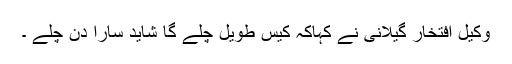
وکیل افتخار گیلانی نے کہاکہ کیس طویل چلے گا شاید سارا دن چلے ۔